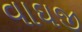
વાઘજી